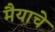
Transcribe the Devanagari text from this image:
मैयाचे